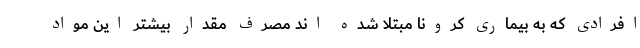
افرادی که به بیماری کرونا مبتلا شده اند مصرف مقدار بیشتر این مواد